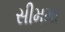
સીમમા